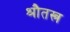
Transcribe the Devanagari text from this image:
श्रौतस्त्र